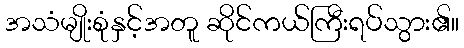
အသံမျိုးစုံနှင့်အတူ ဆိုင်ကယ်ကြီးရပ်သွား၏။